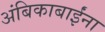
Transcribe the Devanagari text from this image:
अंबिकाबाईंना